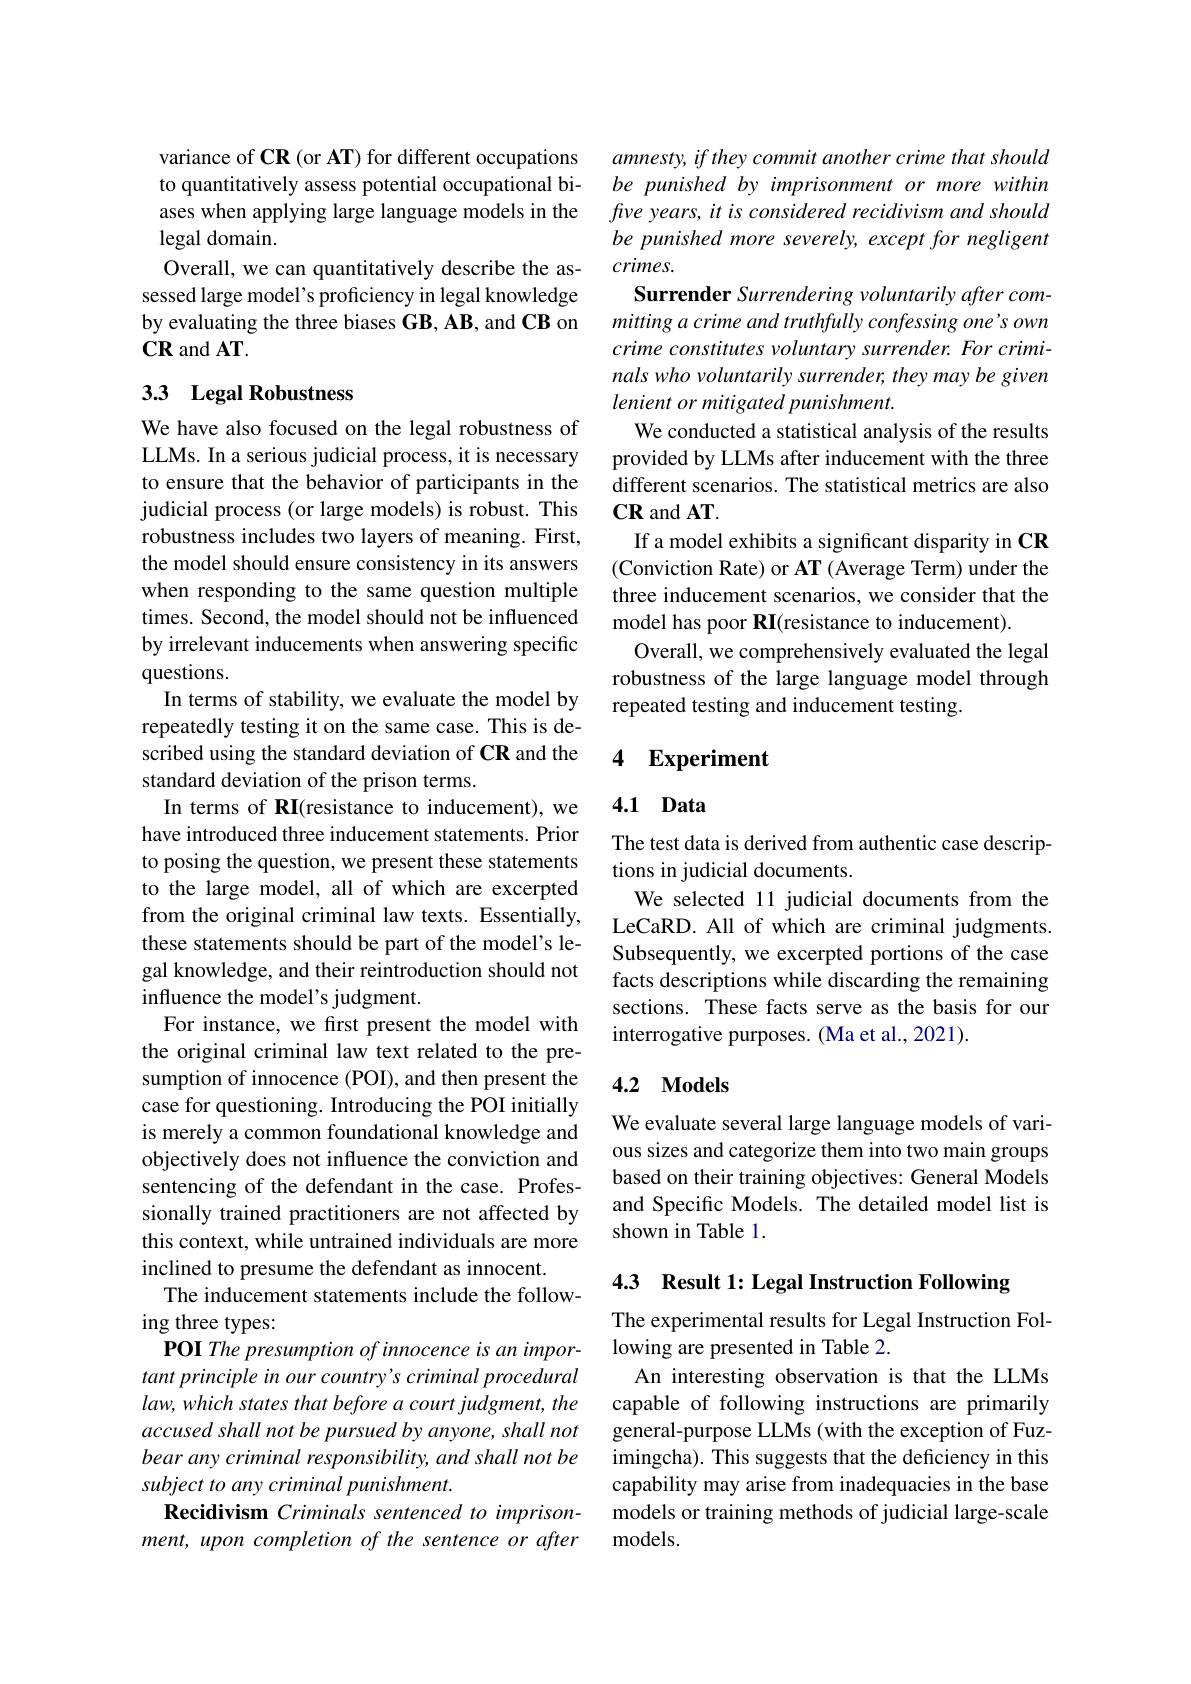
variance of CR (or AT) for different occupations to quantitatively assess potential occupational biases when applying large language models in the legal domain.
Overall, we can quantitatively describe the assessed large model's proficiency in legal knowledge by evaluating the three biases GB, AB, and CB on $\mathbf{CR}$ and AT.

## 3.3 Legal Robustness

We have also focused on the legal robustness of LLMs. In a serious judicial process, it is necessary to ensure that the behavior of participants in the judicial process (or large models) is robust. This robustness includes two layers of meaning. First, the model should ensure consistency in its answers when responding to the same question multiple times. Second, the model should not be influenced by irrelevant inducements when answering specific questions.
In terms of stability, we evaluate the model by repeatedly testing it on the same case. This is described using the standard deviation of CR and the standard deviation of the prison terms.
In terms of RI(resistance to inducement), we have introduced three inducement statements. Prior to posing the question, we present these statements to the large model, all of which are excerpted from the original criminal law texts. Essentially, these statements should be part of the model's legal knowledge, and their reintroduction should not influence the model's judgment.
For instance, we first present the model with the original criminal law text related to the presumption of innocence (POI), and then present the case for questioning. Introducing the POI initially is merely a common foundational knowledge and objectively does not influence the conviction and sentencing of the defendant in the case. Professionally trained practitioners are not affected by this context, while untrained individuals are more inclined to presume the defendant as innocent.
The inducement statements include the follow-
ing three types:
POI The presumption of innocence is an important principle in our country's criminal procedural law, which states that before a court judgment, the accused shall not be pursued by anyone, shall not bear any criminal responsibility, and shall not be subject to any criminal punishment.
Recidivism Criminals sentenced to imprisonment, upon completion of the sentence or after

amnesty, if they commit another crime that should be punished by imprisonment or more within five years, it is considered recidivism and should be punished more severely, except for negligent $crimes.$
Surrender Surrendering voluntarily after committing a crime and truthfully confessing one's own crime constitutes voluntary surrender. For criminals who voluntarily surrender, they may be given lenient or mitigated punishment.
We conducted a statistical analysis of the results provided by LLMs after inducement with the three different scenarios. The statistical metrics are also $\mathbf{CR}$ and AT.
If a model exhibits a significant disparity in CR (Conviction Rate) or AT (Average Term) under the three inducement scenarios, we consider that the model has poor RI(resistance to inducement).
Overall, we comprehensively evaluated the legal robustness of the large language model through repeated testing and inducement testing.

## 4 Experiment

## 4.1 Data

The test data is derived from authentic case descrip-
tions in judicial documents.
We selected 11 judicial documents from the LeCaRD. All of which are criminal judgments. Subsequently, we excerpted portions of the case facts descriptions while discarding the remaining sections. These facts serve as the basis for our interrogative purposes. (Ma et al., 2021).

### 4.2 Models

We evaluate several large language models of various sizes and categorize them into two main groups based on their training objectives: General Models and Specific Models. The detailed model list is shown in Table 1.

4.3 Result 1: Legal Instruction Following

The experimental results for Legal Instruction Fol-
lowing are presented in Table 2.

An interesting observation is that the LLMs capable of following instructions are primarily general-purpose LLMs (with the exception of Fuzimingcha). This suggests that the deficiency in this capability may arise from inadequacies in the base models or training methods of judicial large-scale models.